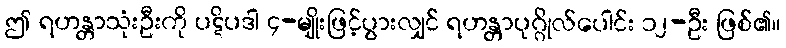
ဤ ရဟန္တာသုံးဦးကို ပဋိပဒါ ၄-မျိုးဖြင့်ပွားလျှင် ရဟန္တာပုဂ္ဂိုလ်ပေါင်း ၁၂-ဦး ဖြစ်၏။